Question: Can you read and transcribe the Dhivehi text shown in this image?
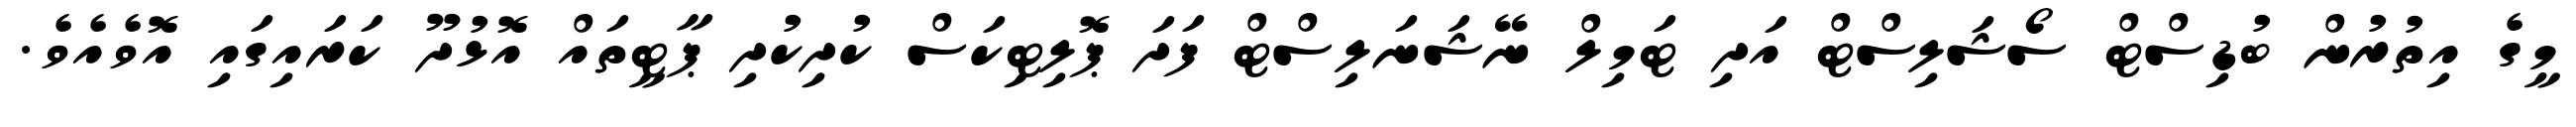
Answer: މީގެ އިތުރުން ބުޑިސްޓް ސޯޝަލިސްޓް އަދި ޓަމިލް ނޭޝަނަލިސްޓް ފަދަ ޕޮލިޓިކަސް ކުދިކުދި ޕާޓީތައް އޮޅުދޫ ކަރައިގައި އޮވެއެވެ.